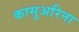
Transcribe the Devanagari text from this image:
कासुअरिना